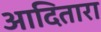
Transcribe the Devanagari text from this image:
आदितारा